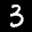
Label: 3